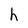
Character: h